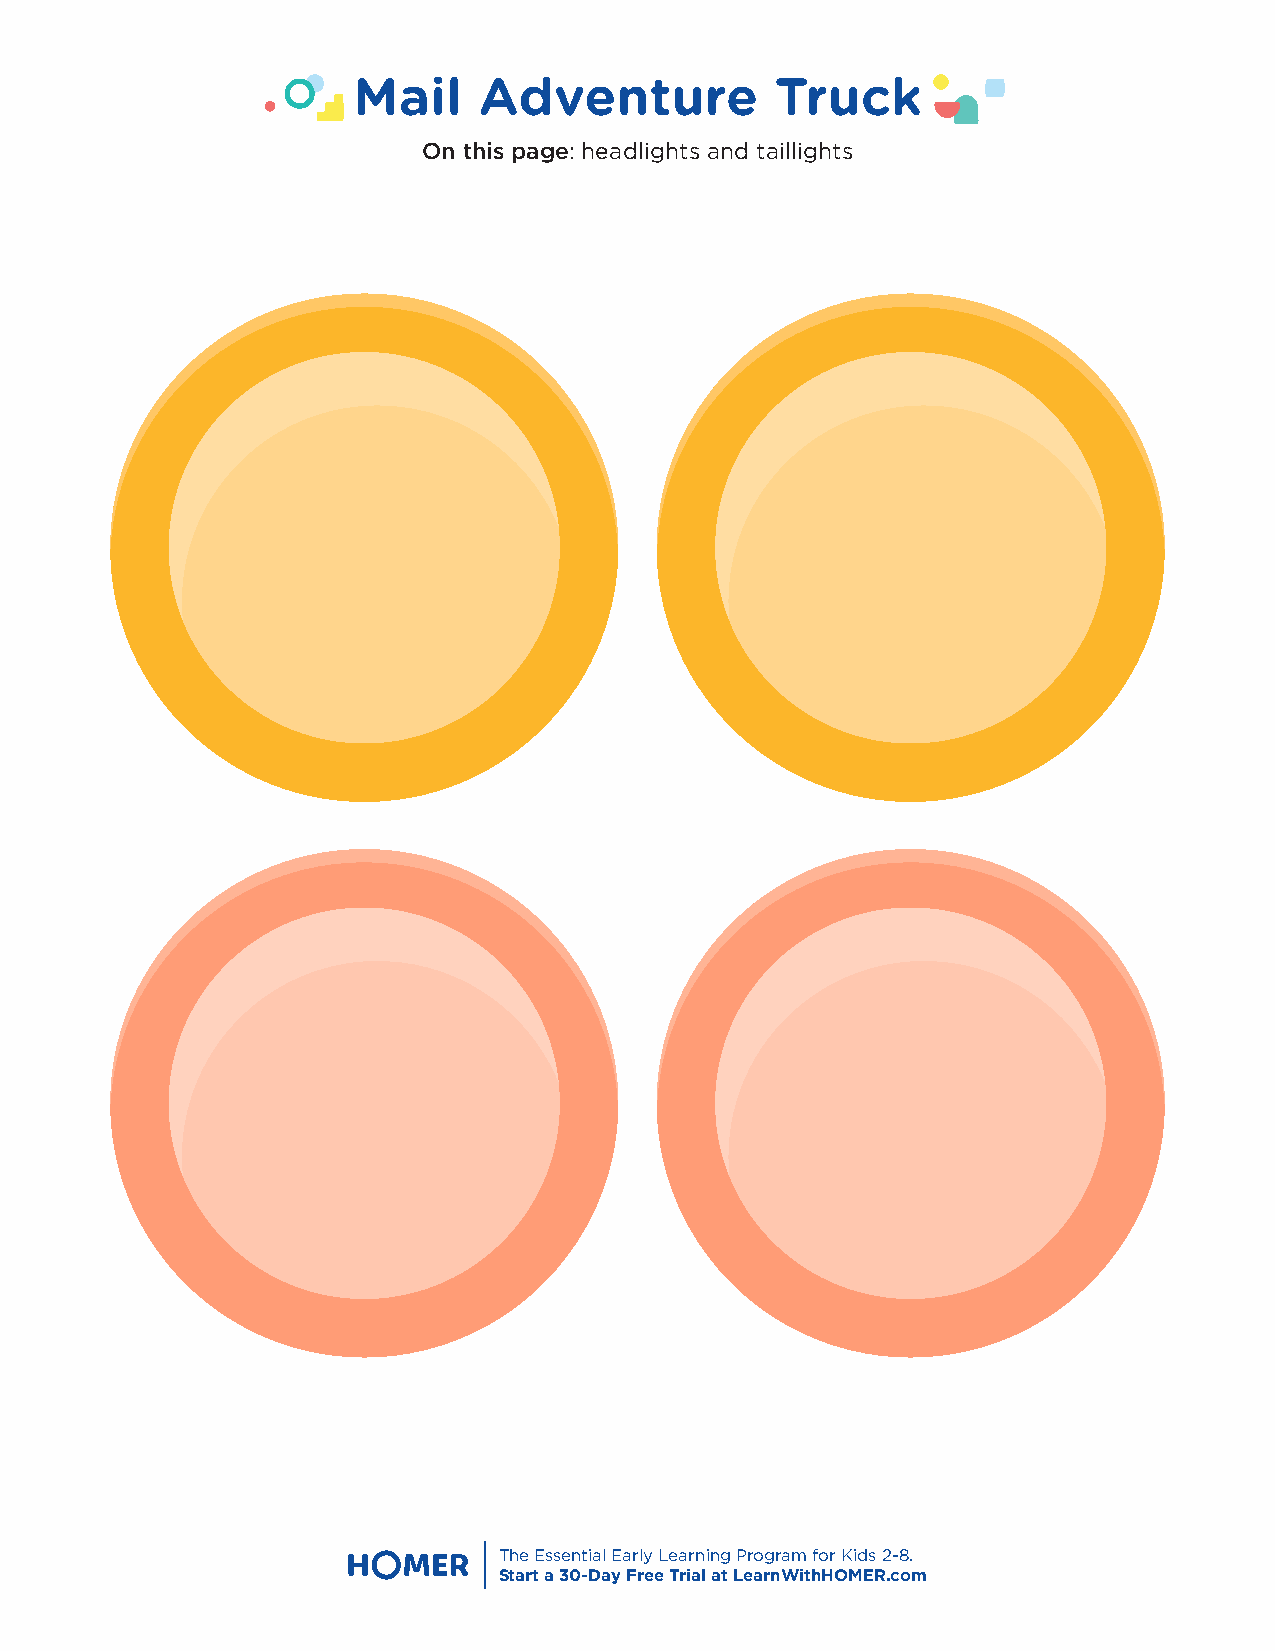
Mail     Adventure          Truck
 On this page: headlights and taillights
 The Essential Early Learning Program for Kids 2-8.
 Start a 30-Day Free Trial at LearnWithHOMER.com